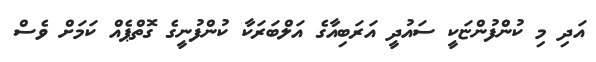
އަދި މި ކުންފުންޏަކީ ސައުދީ އަރަބިއާގެ އަލްބަރަކާ ކުންފުނީގެ ގޮތްޕެއް ކަމަށް ވެސް